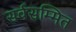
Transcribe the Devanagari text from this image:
सर्वसम्मित